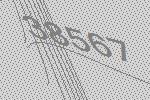
38567